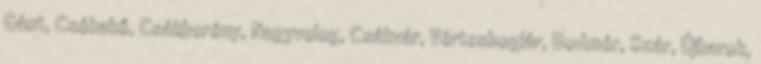
Gánt, Csókakő, Csákberény, Nagyveleg, Csákvár, Vértesboglár, Bodmér, Szár, Újbarok,